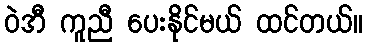
ဝဲအီ ကူညီ ပေးနိုင်မယ် ထင်တယ်။